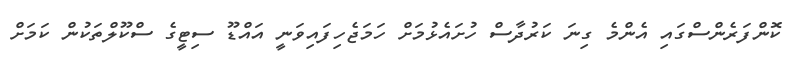
ކޮންފަރެންސްގައި އެންމެ ގިނަ ކަރުދާސް ހުށައެޅުމަށް ހަމަޖެހިފައިވަނީ އައްޑޫ ސިޓީގެ ސްކޫލްތަކުން ކަމަށް